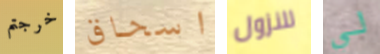
خرجتم اسحاق للنزول لي